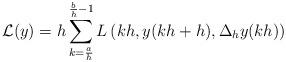
LaTeX: \begin{align*}\mathcal{L}(y)=h\sum_{k=\frac{a}{h}}^{\frac{b}{h}-1}L\left(kh,y(kh+h),\Delta_h y(kh)\right)\end{align*}